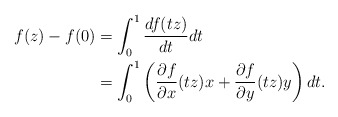
\begin{align*}f(z)-f(0) &= \int_{0}^1 \frac{d f(tz)}{d t} dt \\ &= \int_{0}^1 \left( \frac{\partial f }{\partial x}(tz) x + \frac{\partial f}{\partial y}(tz) y \right) dt. \end{align*}